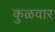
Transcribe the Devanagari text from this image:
कुळवार